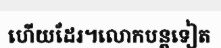
ហើយដែរ។លោកបន្តទៀត